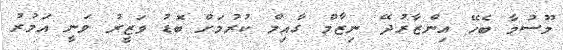
މޫސުމާ ބެހޭ އިންޒާރުދޭ ނިޒާމް ގާއިމް ކުރުމަށް ބޮޑު ވަޒީރު ވަނީ އަމުރު